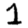
Digit: 1